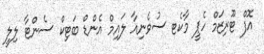
އޮފް ޓޫރިޒަމް ހެޕީ މާކެޓ ސުވެނިއާ ލައިމް އެންޑް ބަޓިކް ސެންޓާ ލިލީ